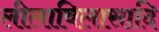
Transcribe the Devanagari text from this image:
लीलाविलासादि